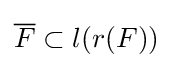
{\overline {F}}\subset l(r(F))